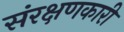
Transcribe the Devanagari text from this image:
संरक्षणकारी